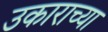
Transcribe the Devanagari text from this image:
उकाराच्या